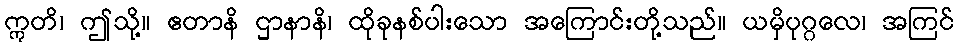
ဣတိ၊ ဤသို့။ ဧတာနိ ဌာနာနိ၊ ထိုခုနစ်ပါးသော အကြောင်းတို့သည်။ ယမှိပုဂ္ဂလေ၊ အကြင်